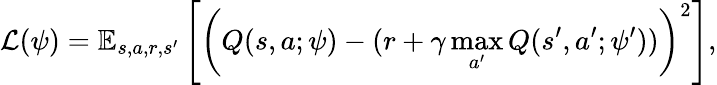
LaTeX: \mathcal{L}(\psi)=\mathbb{E}_{s,a,r,s^{\prime}}\left[\left(Q(s,a;\psi)-(r+\gamma\operatorname*{max}_{a^{\prime}}Q(s^{\prime},a^{\prime};\psi^{\prime}))\right)^{2}\right],